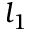
l _ { 1 }